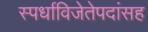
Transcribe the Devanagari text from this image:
स्पर्धाविजेतेपदांसह